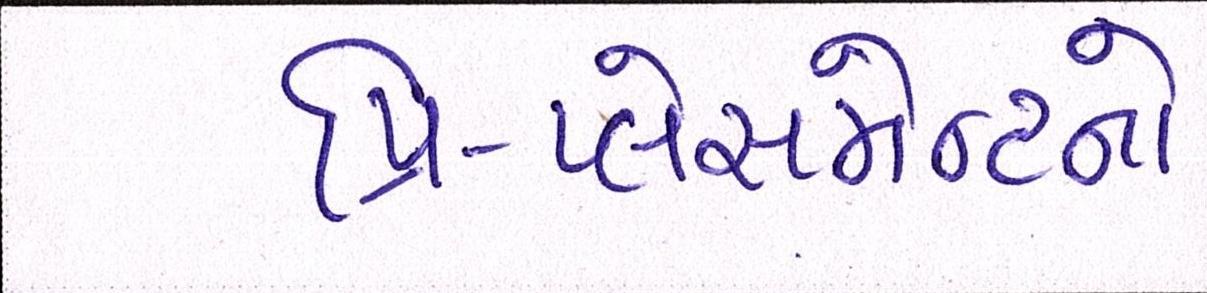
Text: પ્રિ-પ્લેસમેન્ટનો